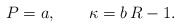
\begin{align*}P=a,\qquad\kappa =b\,R -1.\end{align*}